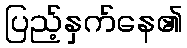
ပြည့်နှက်နေ၏